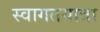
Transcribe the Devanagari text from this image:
स्वागतयात्रा